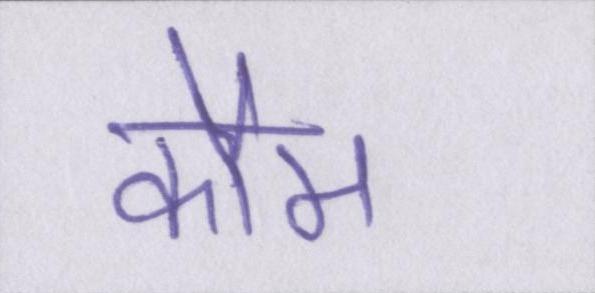
कौम